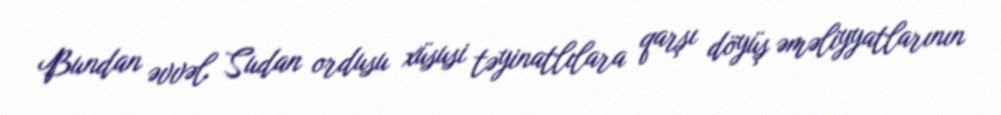
Bundan əvvəl Sudan ordusu xüsusi təyinatlılara qarşı döyüş əməliyyatlarının